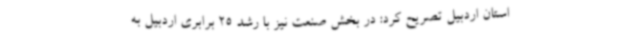
استان اردبیل تصریح کرد: در بخش صنعت نیز با رشد 25 برابری اردبیل به